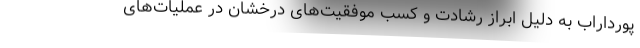
پورداراب به دلیل ابراز رشادت و کسب موفقیت‌های درخشان در عملیات‌های